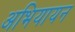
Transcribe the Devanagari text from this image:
अभियायन